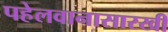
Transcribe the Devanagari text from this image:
पहेलवानासारखी